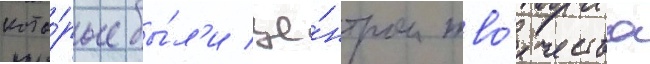
кото́рые бы́л'и це́нтром тво́рчества